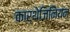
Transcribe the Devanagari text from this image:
कार्थेजिनियन